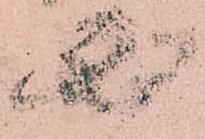
必